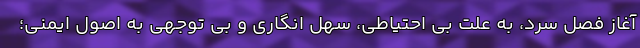
آغاز فصل سرد، به علت بی احتیاطی، سهل انگاری و بی توجهی به اصول ایمنی؛